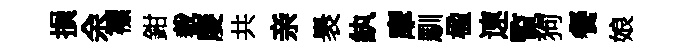
損余褾鉗裁庱共亲褁紈摩馴楹速覧狗餐娘